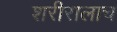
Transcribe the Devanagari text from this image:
शरीरालाच